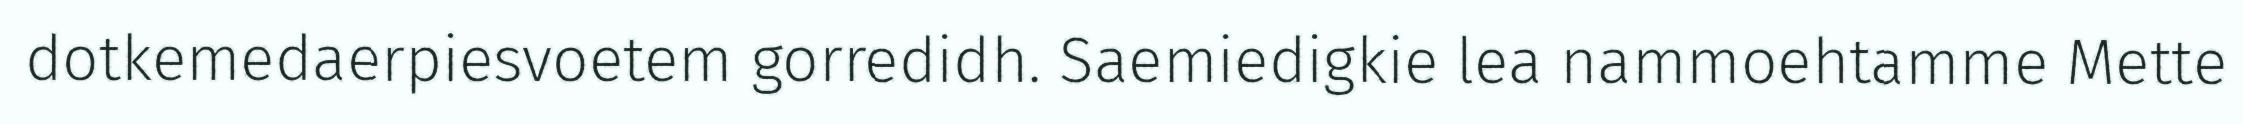
dotkemedaerpiesvoetem gorredidh. Saemiedigkie lea nammoehtamme Mette